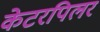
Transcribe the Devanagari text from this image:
केटरपिलर